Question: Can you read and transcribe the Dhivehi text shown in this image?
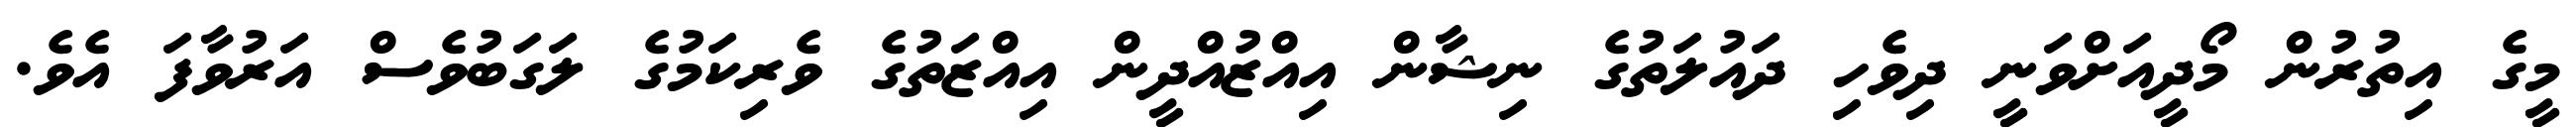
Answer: މީގެ އިތުރުން މޯދީއަށްވަނީ ދިވެހި ދައުލަތުގެ ނިޝާން އިއްޒުއްދީން އިއްޒަތުގެ ވެރިކަމުގެ ލަގަބުވެސް އަރުވާފަ އެވެ.